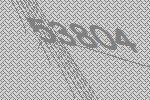
53804